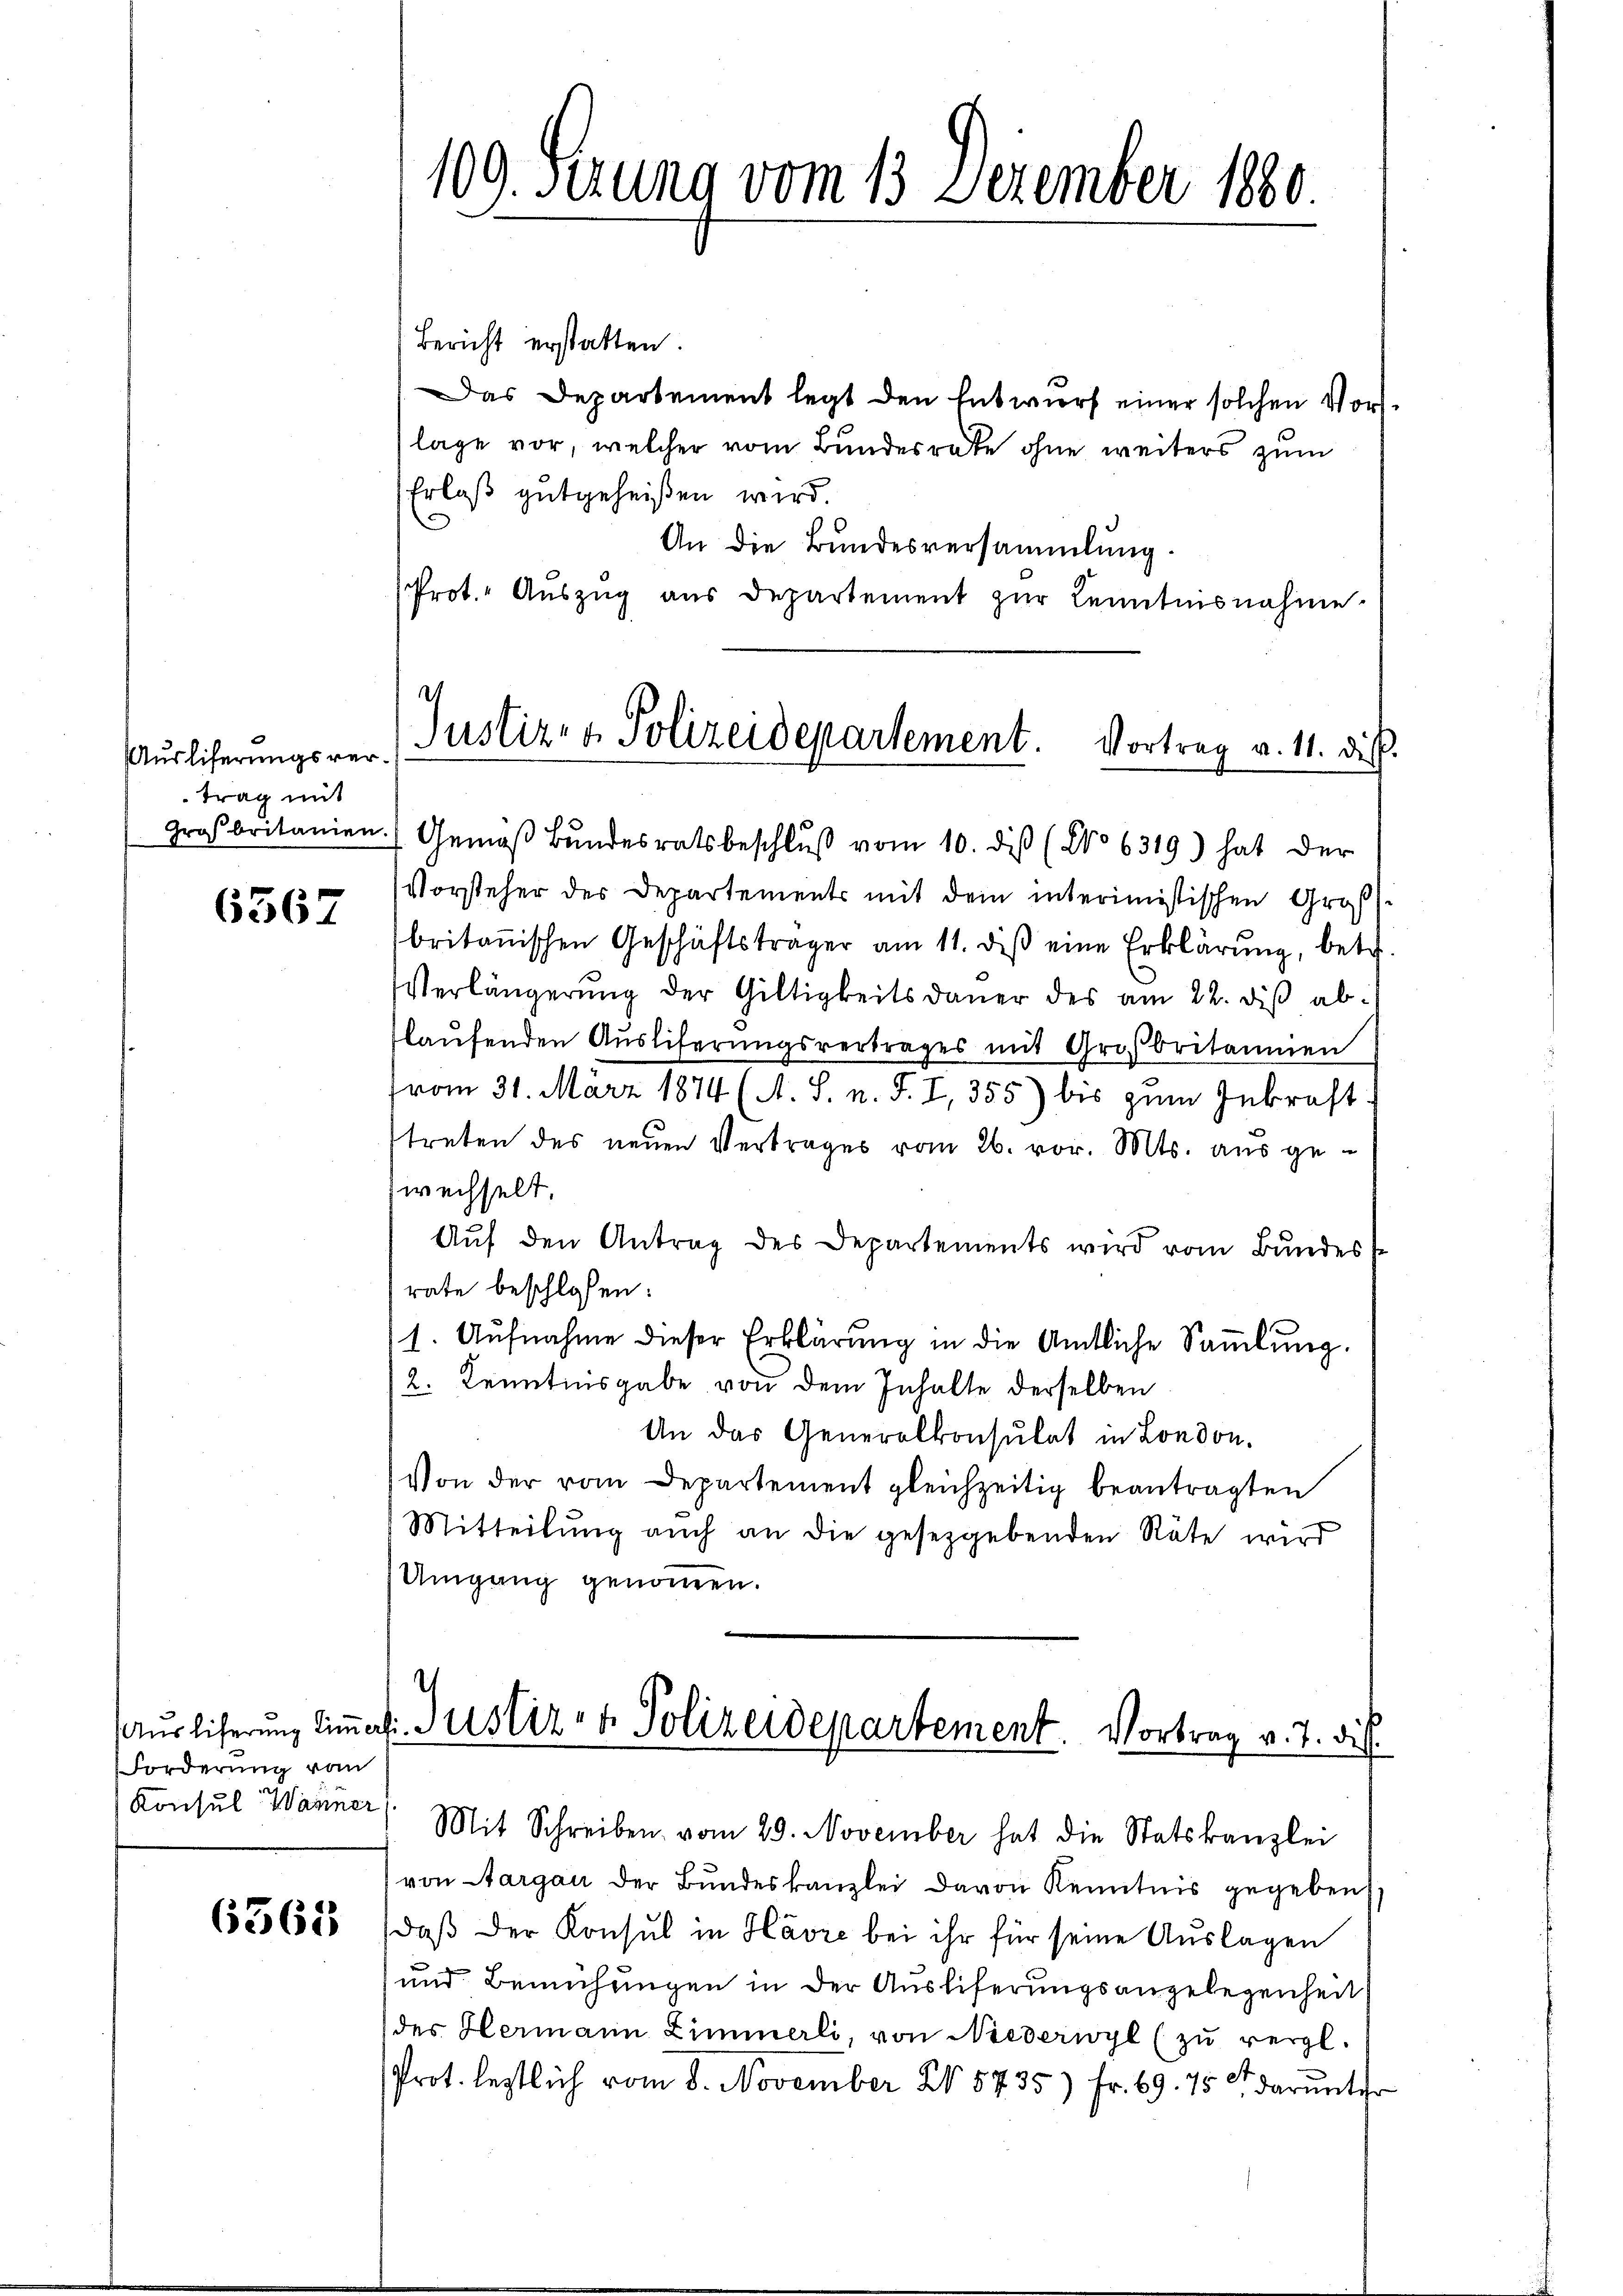
Ausliferungsvertrag mit

6367

Forderung vom
Konsul Wänner

6363

Bericht erstatten.
Das Departement legt den Entwurf einer solchen Vorlage vor, welcher vom Bundesrate ohne weiters zum
Erlaß gutgeheißen wird.
An die Bundesversammlung.
Prot. Aŭszŭg aŭs departement zŭr Kenntnisnahme.

109. Sezung vom 13. Dezember 1880.

.
Justiz- & Polizeidepartement. Vortrag a. 11. die

Großbritanien. Gemäβ Bŭndesratsbeschlŭβ vom 10. diß (No 6319) hat der
Vorsteher des Departements mit dem interimistischen Großbritanischen Geschäftsträger am 11. diβ eine Erklärŭng, betr.
Verlängerŭng der Gültigkeitsdaŭer des am 22. diβ ablaŭfenden Ausliferŭngsvertrages mit Großbritannien
vom 31. März 1874 (A. S. n. F. I, 355) bis zŭm Inkraft.
treten des neuen Vertrages vom 26. vor. Mts. aus gewechselt.
Aŭf den Antrag des Departements wird vom Bundes
rate beschlossen:
/1. Aŭfnahme dieser Erklärung in die Amtliche Saṁlŭng.
2. Kenntnisgabe von dem Inhalte derselben
An das Generalkonsulat in London.
Von der vom Departement gleichzeitig beantragten
Mitteilŭng aŭch an die gesetzgebenden Räte wird
Umgang genommen.

.
Auslieferung tiṁaf.- Justiz- & Polizeidepartement. Vortrag v. 7. die
Mit Schreiben vom 29. November hat die Statskanzlei

von Aargau der Bundeskanzlei davon Kenntnis gegeben
daß der Konsul in Havre bei ihr für seine Auslagen
und Bemühungen in der Ausliferungsangelegenheit
des Hermann Zimmerli, von Niederwyl (zu vergl.
Prot. leztlich vom 8. November N. 5735) Fr. 69. 15 t darunter